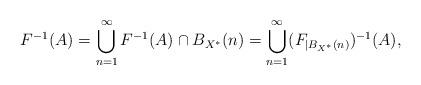
LaTeX: \begin{align*} F^{-1}(A)=\bigcup_{n=1}^\infty F^{-1}(A) \cap B_{X^\ast}(n)= \bigcup_{n=1}^\infty (F_{|B_{X^\ast}(n)})^{-1}(A), \end{align*}